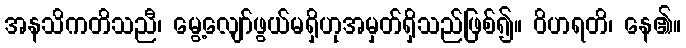
အနသိကတိသညီ၊ မွေ့လျော်ဖွယ်မရှိဟုအမှတ်ရှိသည်ဖြစ်၍။ ဝိဟရတိ၊ နေ၏။